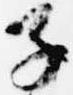
子